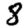
Digit: 8